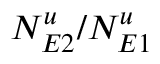
N _ { E 2 } ^ { u } / N _ { E 1 } ^ { u }